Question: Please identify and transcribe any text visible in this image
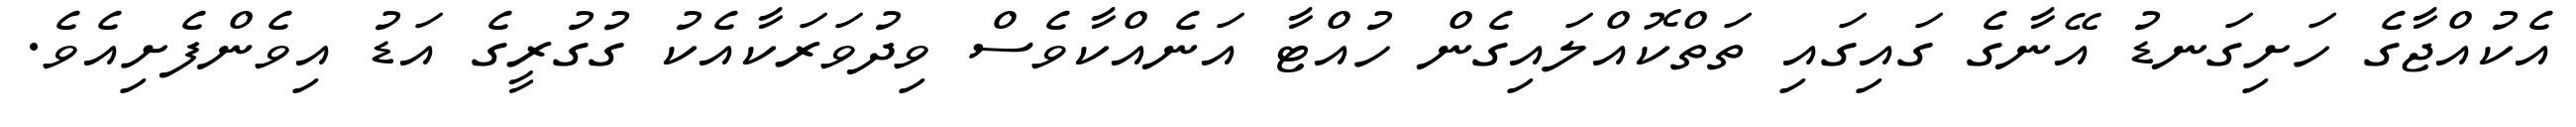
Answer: އެކުއްޖާގެ ހަށިގަނޑު އޭނާގެ ގައިގައި ތަތްކޮއްލައިގެން ހުއްޓާ އަނެއްކާވެސް ވިދުވަރަކާއެކު ގުގުރީގެ އަޑު އިވެންފެށިއެވެ.